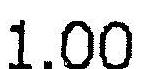
1.00